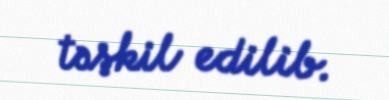
təşkil edilib.